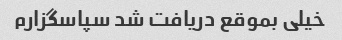
خیلی بموقع دریافت شد سپاسگزارم